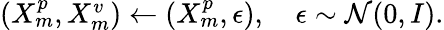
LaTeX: \begin{array}{r}{(X_{m}^{p},X_{m}^{v})\gets(X_{m}^{p},\epsilon),\quad\epsilon\sim\mathcal{N}(0,I).}\end{array}